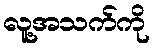
လူ့အသက်ကို